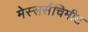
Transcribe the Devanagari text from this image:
मेस्सर्सचिमीट